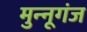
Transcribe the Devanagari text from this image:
मुन्नूगंज